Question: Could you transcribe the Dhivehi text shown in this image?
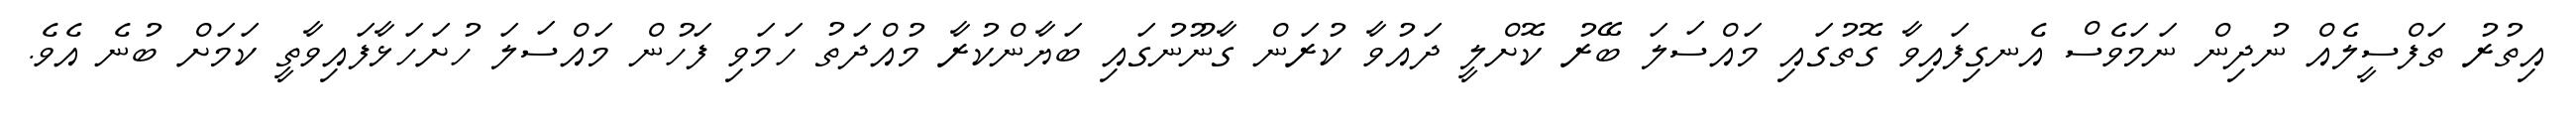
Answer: އިތުރު ތަފްސީލެއް ނުދިން ނަމަވެސް އެނގިފައިވާ ގޮތުގައި މައްސަލަ ބޭރު ކޮށްލީ ދައުވާ ކުރަން ގާނޫނުގައި ބަޔާންކުރާ މުއްދަތު ހަމަވި ފަހުން މައްސަލަ ހުށަހަޅާފައިވާތީ ކަމަށް ބުނެ އެވެ.